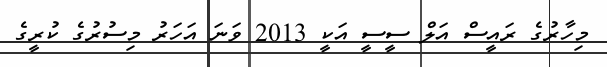
މިހާރުގެ ރައީސް އަލް ސީސީ އަކީ 2013 ވަނަ އަހަރު މިސުރުގެ ކުރީގެ